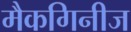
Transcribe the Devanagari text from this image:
मैकगिनीज